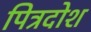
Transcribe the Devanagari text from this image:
पित्रदोश